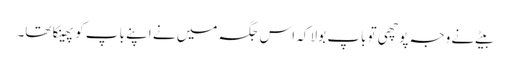
بیٹے نے وجہ پوچھی تو باپ بولا کہ اس جگہ میں نے اپنے باپ کو پھینکا تھا۔